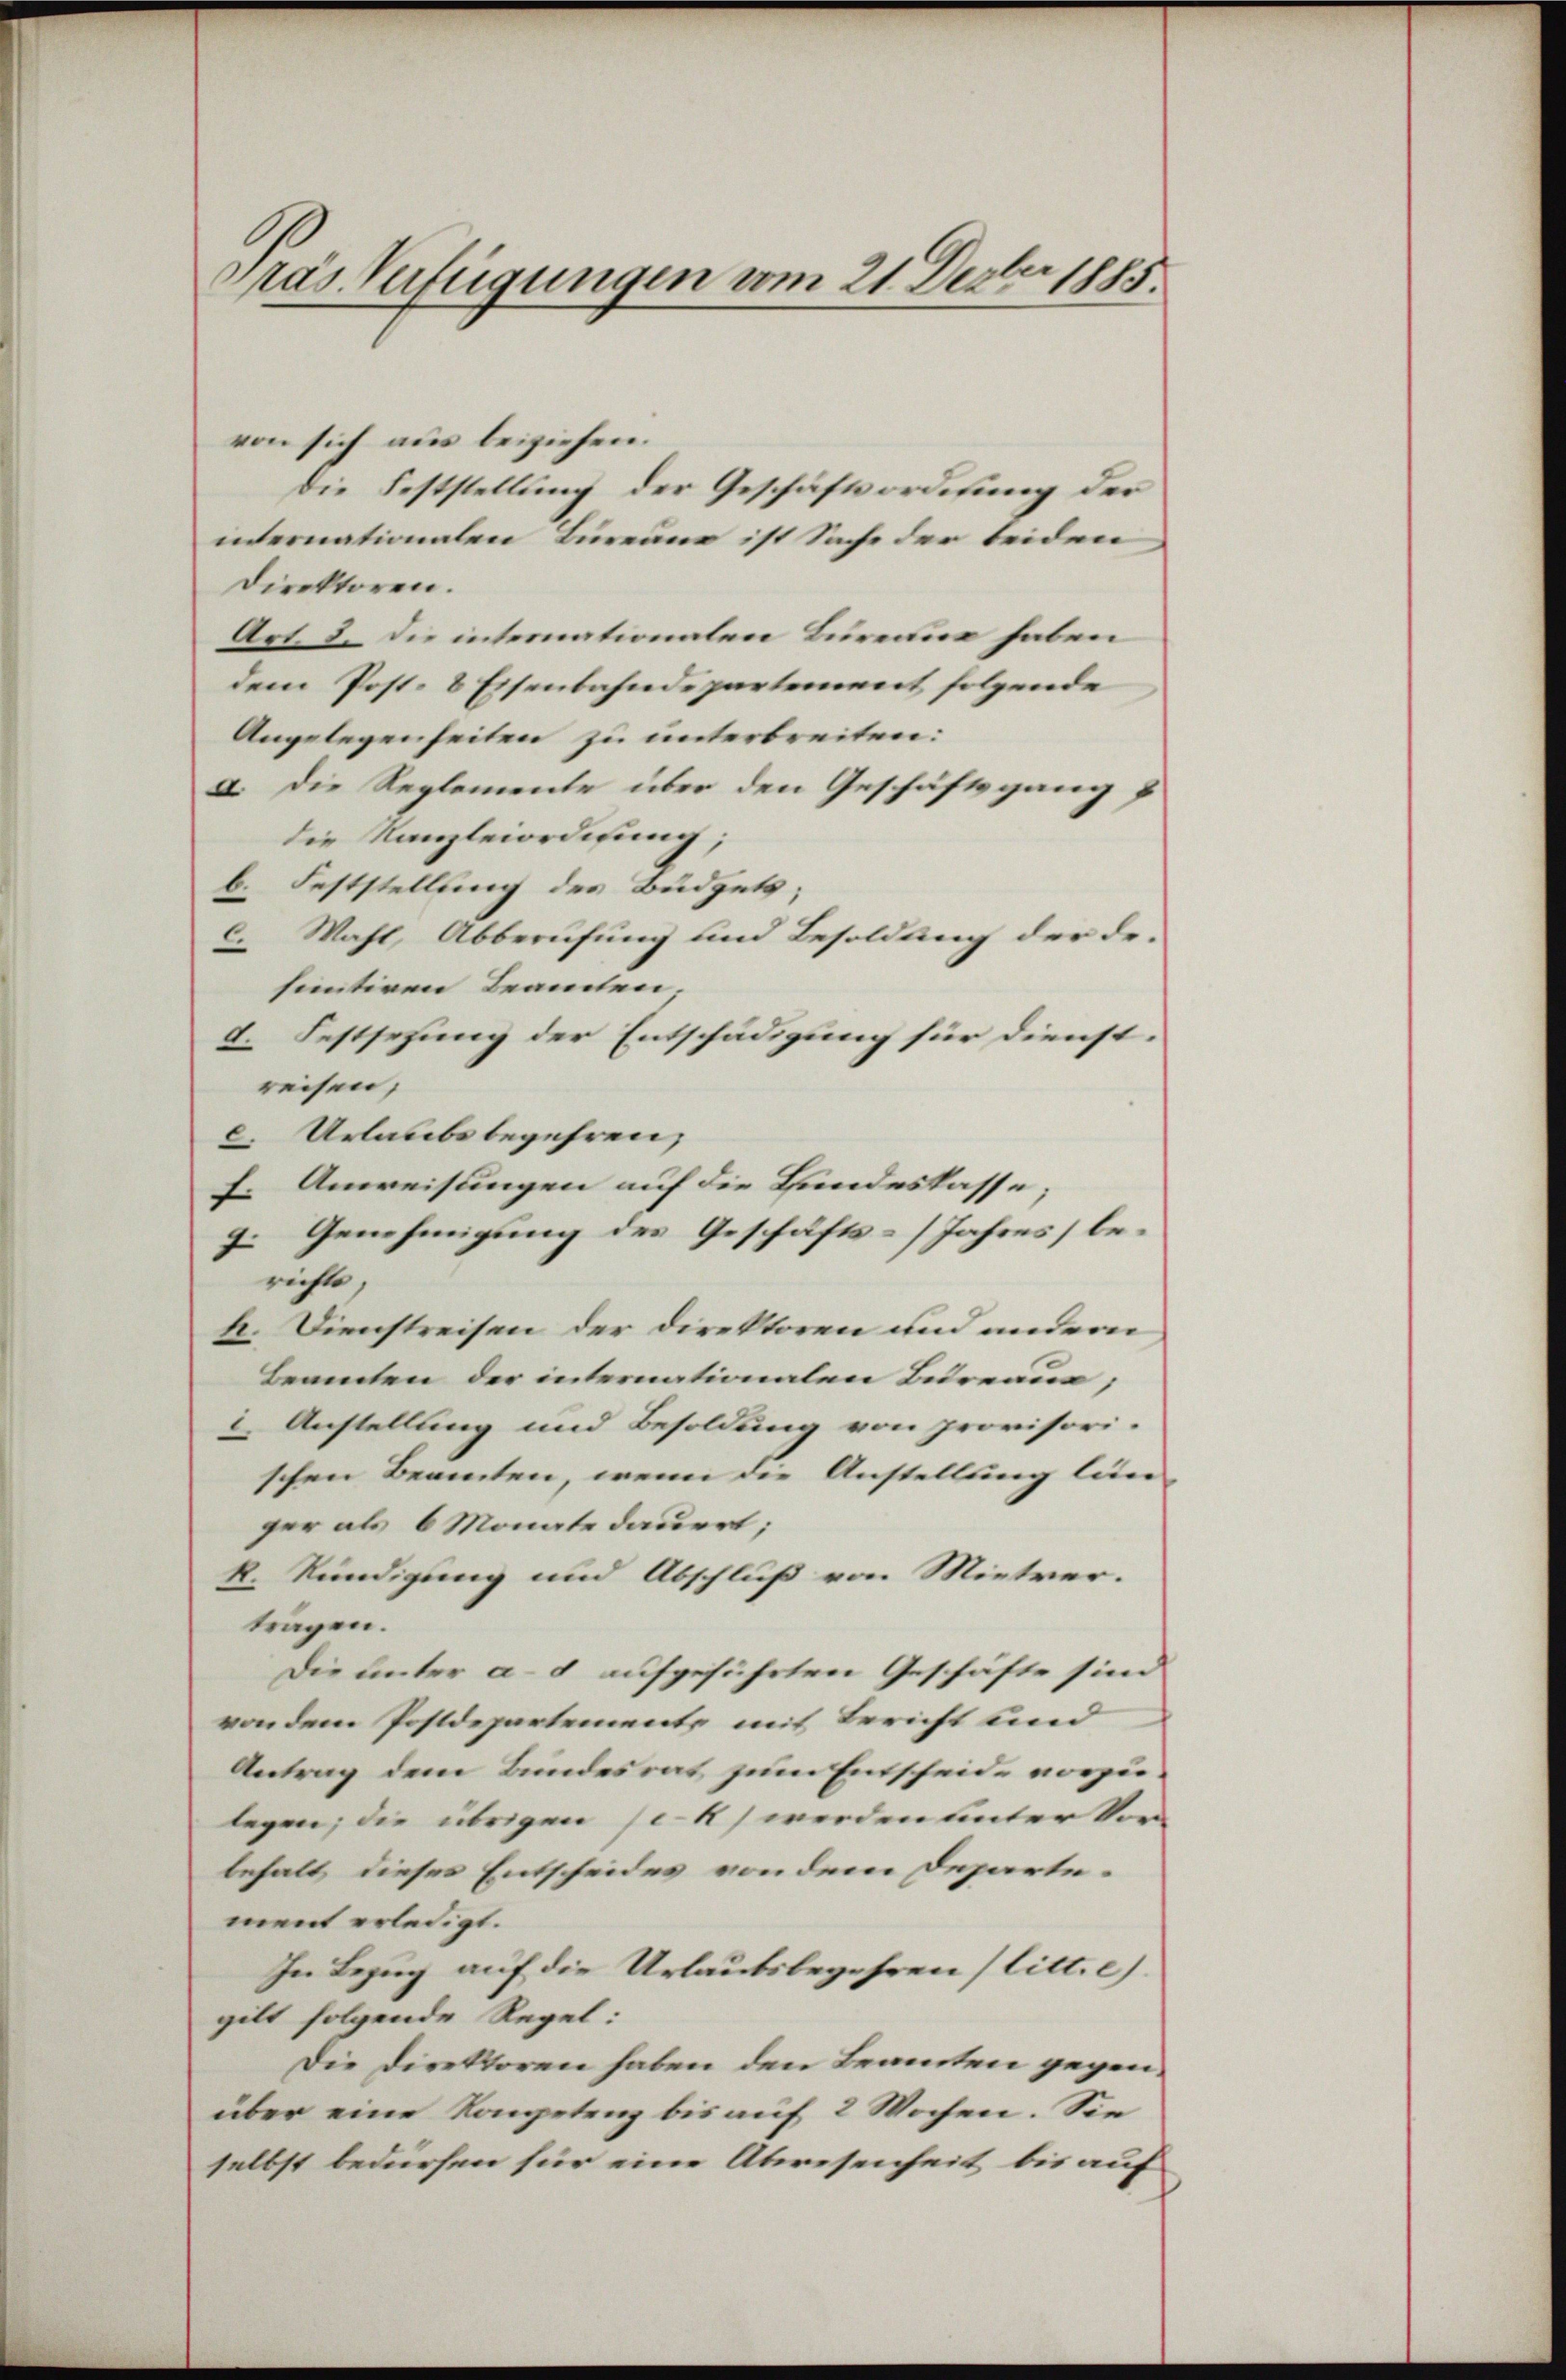
Präs. Verfügungen vom 21. Dezbr 1885.

von sich aus beiziehen.
Die Feststellung der Geschäftsordnung der
iernationalen Bureau ist Sache der beiden,
Direktoren.
Art. 3. die internationalen Bureaus haben
dem Post- 8 Eisenbahndepartement folgende
Angelegenheiten zu unterbreiten:
a. Die Reglemente über den Geschäftsgang
die Kanzleiordigung;
b. Feststellung des Büdgets;
c. Wahl, Abberufung und Besoldung der desentiren Beamten,
d. Festsezung der Entschädigung für dienst.
reisen,
Urlaubs begehren,
c.
f. Anweisungen auf die Bundeskasse;
9. Genehmigung des Geschäfts- / Jahres, lerichte,
k. Dienstreisen der Direktoren und andern
Leamten der internationalen Bureaus;
2. Anstellung und Besoldung von provisorischen Beamten, wenn die Anstellung län
ger als 6 Monate dauert;
k. Kündigung und Abschluß von Mieter.
tragen.
Die unter a. 8 aufgeführten Geschäfte sind
von dem Postdepartemente mit Bericht und
Antrag dem Bundesrat zum Entscheide vorzulegen; die übrigen je k) werden unter Vor-
behalt dieses Entscheides von dem Departe-
ment erledigt.
In Bezug auf die Urlautsbegehren (litt. e)
gilt folgende Regel:
Die Direktoren haben den Beamten gegenüber eine Kompetenz bis auf 2 Wochen. Sie
selbst bedürfen für eine Abwesenheit bis auf